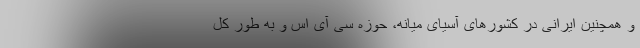
و همچنین ایرانی در کشورهای آسیای میانه، حوزه سی آی اس و به طور کل